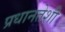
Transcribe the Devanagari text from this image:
प्रधानतेशी